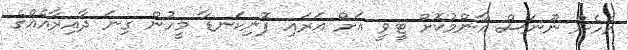
އެހެން ނޫނަސް އާންމުކޮށް ޓީވީ އަށް އަރައި ފޮނިކަނޑާ މީހުން ގިނަ ދާއިރާއެއްގެ